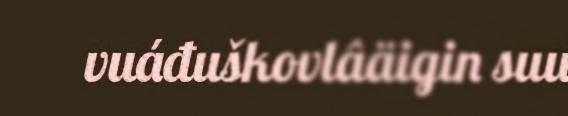
vuáđuškovlâäigin suu